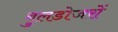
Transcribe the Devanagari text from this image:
बुलडोजरों